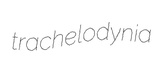
trachelodynia